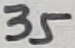
Text: 35